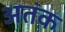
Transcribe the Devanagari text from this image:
अतंक